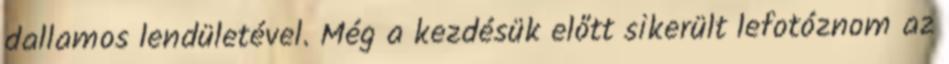
dallamos lendületével. Még a kezdésük előtt sikerült lefotóznom az